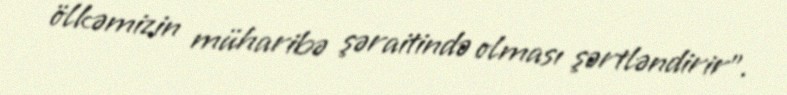
ölkəmizin müharibə şəraitində olması şərtləndirir”.